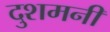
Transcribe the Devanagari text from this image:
दुशमनी